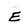
Character: E